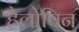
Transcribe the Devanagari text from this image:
हैलोविन